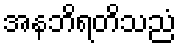
အနဘိရတိသညံ